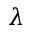
\boldsymbol { \lambda }